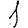
Digit: 1